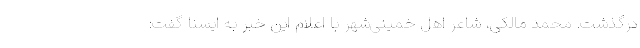
درگذشت. محمد مالکی، شاعر اهل خمینی‌شهر با اعلام این خبر به ایسنا گفت: